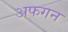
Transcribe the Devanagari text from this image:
अफगन